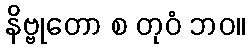
နိဗ္ဗုတော စ တုဝံ ဘဝ။